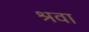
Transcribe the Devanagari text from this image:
श्रवा